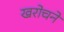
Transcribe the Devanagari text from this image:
खरोचने